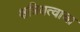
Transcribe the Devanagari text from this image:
क्षत्रियत्वाचा